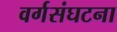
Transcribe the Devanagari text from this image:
वर्गसंघटना